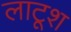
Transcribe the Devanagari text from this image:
लाटूश